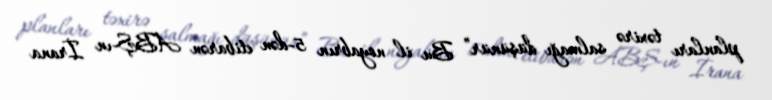
planları təxirə salmağı düşünür” Bu il noyabrın 5-dən etibarən ABŞ-ın İrana